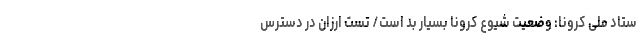
ستاد ملی کرونا: وضعیت شیوع کرونا بسیار بد است/ تست ارزان در دسترس